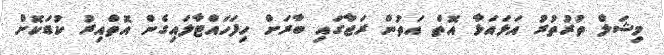
މިޝަލް ތުރުތުރު އަޅައަޅާ އޮތް އަތުން ރަޖާގައި ބާރަށް ހިފަހައްޓާލައިގެން އޮތްއިރު ކުޑަކޮށް